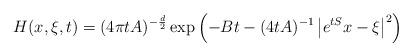
LaTeX: \begin{align*} H(x,\xi,t)=(4\pi t A)^{-\frac{d}{2}}\exp\left(-Bt-(4tA)^{-1}\left|e^{tS}x-\xi\right|^2\right)\end{align*}